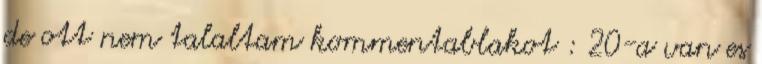
de ott nem talaltam kommentablakot : 20-a van es